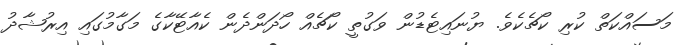
މަސައްކަތް ކުރި ކޯޗެކެވެ. ޔުނައިޓެޑުން ވަގުތީ ކޯޗެއް ހޯދަންދެން ކެއާޓޭކާގެ މަގާމުގައި އިރުޝާދު